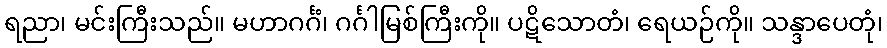
ရညာ၊ မင်းကြီးသည်။ မဟာဂင်္ဂံ၊ ဂင်္ဂါမြစ်ကြီးကို။ ပဋိသောတံ၊ ရေယဉ်ကို။ သန္ဒာပေတုံ၊